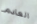
العادم